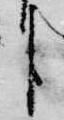
臣